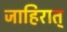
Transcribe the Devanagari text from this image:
जाहिरात्